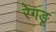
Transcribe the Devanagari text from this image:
रेगङू